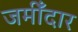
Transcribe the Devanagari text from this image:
जमीँदार